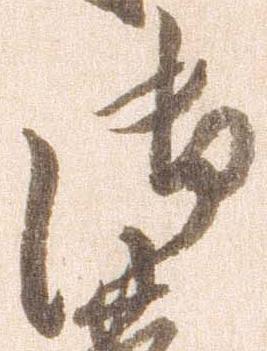
御